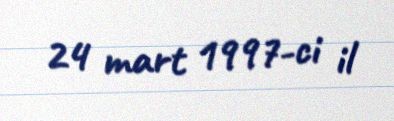
24 mart 1997-ci il